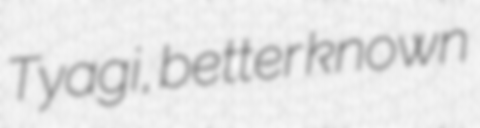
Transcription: Tyagi, better known